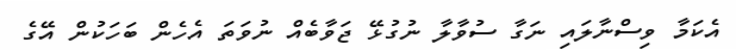
އެކަމާ ވިސްނާލައި ނަގާ ސުވާލާ ނުގުޅޭ ޖަވާބެއް ނުވަތަ އެހެން ބަހަކުން އޭގެ